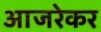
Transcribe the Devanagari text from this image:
आजरेकर